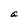
Character: a